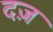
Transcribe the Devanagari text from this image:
दज़